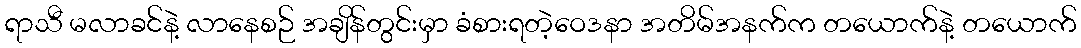
ရာသီ မလာခင်နဲ့ လာနေစဉ် အချိန်တွင်းမှာ ခံစားရတဲ့ဝေဒနာ အတိမ်အနက်က တယောက်နဲ့ တယောက်